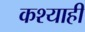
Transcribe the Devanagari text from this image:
कश्याही